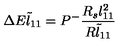
\Delta E \tilde { l } _ { 1 1 } = P ^ { - } \frac { R _ { s } { l } _ { 1 1 } ^ { 2 } } { R \tilde { l } _ { 1 1 } }